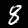
Label: 8